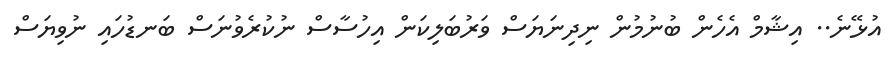
އުޅޭނެ.. އިޝާމް އެހެން ބުނުމުން ނިދިނަޔަސް ވަރުބަލިކަން އިހުސާސް ނުކުރެވުނަސް ބަނޑުހައި ނުވިޔަސް